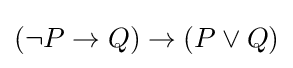
(\lnot P\to Q)\to (P\lor Q)